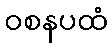
ဝစနပထံ